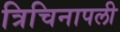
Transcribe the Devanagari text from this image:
त्रिचिनापली